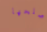
أصلحها